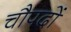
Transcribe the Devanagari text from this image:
चौपदों